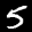
Label: 5